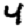
Digit: 4